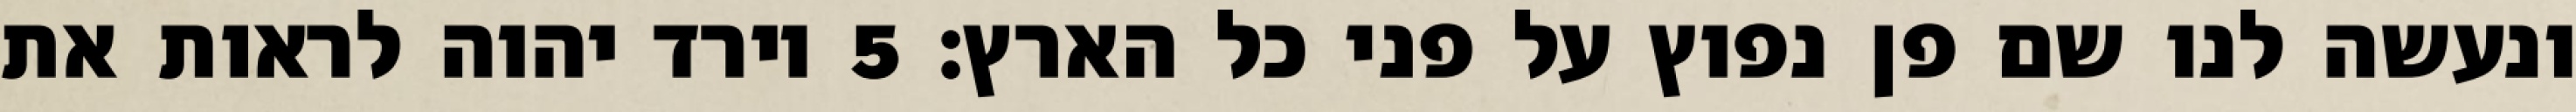
ונעשה לנו שם פן נפוץ על פני כל הארץ׃ ‎5‏ וירד יהוה לראות את